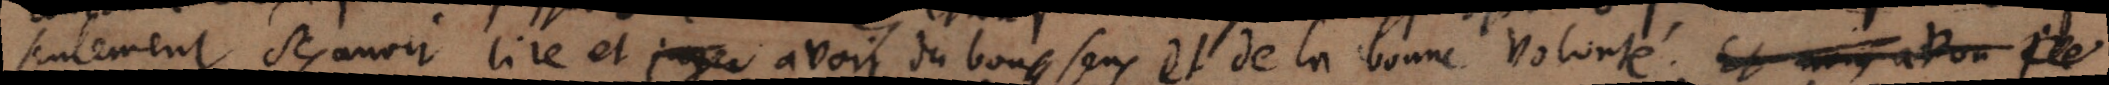
seulement scavoir lire et avoir du bon sens et de la bonne volonté.